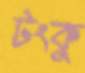
টংকু